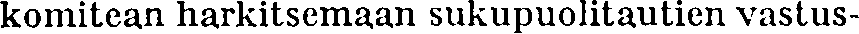
komitean harkitsemaan sukupuolitautien vastus-